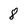
Character: 8